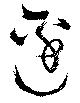
辺